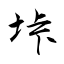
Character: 垰